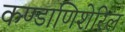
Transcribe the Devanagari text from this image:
कण्डाणिशेरिल